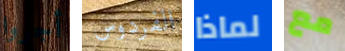
أجروا الفردوس لماذا مع